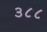
૩૮૮